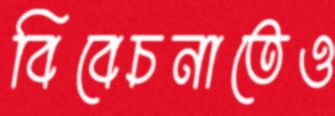
বিবেচনাতেও